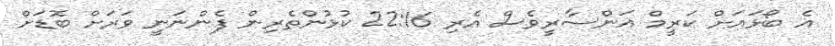
އެ ބޯޅައަށް ކަރީމް އަންސާރީވެސް އެރި 22:16 ކުޅުންތެރިން ފެންނަނީ ވަރަށް ބޮޑަށް